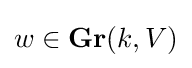
w\in \mathbf {Gr} (k,V)